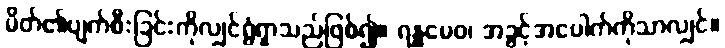
မိတ်၏ပျက်စီးခြင်းကိုလျှင်ရွံရှာသည်ဖြစ်၍။ ရန္ဓမေဝ၊ အခွင့်အပေါက်ကိုသာလျှင်။